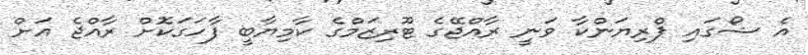
އެ ޝޯގައި ޕްރިޔަންކާ ވަނީ ރާއްޖޭގެ ޓޫރިޒަމްގެ ކާމިޔާބީ ފާހަގަކޮށް ރާއްޖެ އަށް